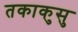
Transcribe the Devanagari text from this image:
तकाकुसु